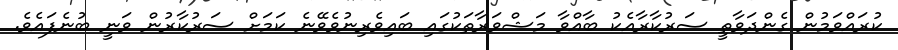
ކުރައްވަމުން ގެންދަވާތީ ސަރުކާރާއެކު ބާއްވާ މަޝްވަރާތަކުގައި ބައިވެރިނުވެވޭނެ ކަމަށް ސަރުކާރުން ވަނީ ބުނެފައެވެ.